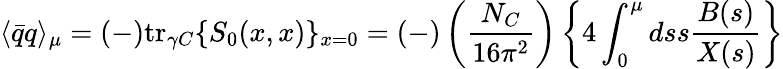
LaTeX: \langle{\bar{q}}q\rangle_{\mu}=(-){\mathrm{tr}}_{\gamma C}\{ S_{0}(x,x)\} _{x=0}=(-)\left(\frac{N_{C}}{16\pi^{2}}\right)\left\{ 4\int_{0}^{\mu}dss\frac{B(s)}{X(s)}\right\}